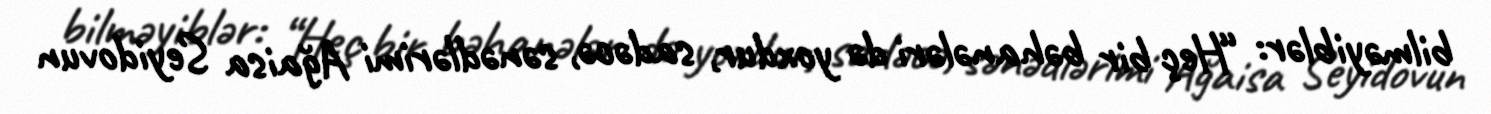
bilməyiblər: “Heç bir bəhanələri də yoxdur, sadəcə, sənədlərimi Ağaisa Seyidovun